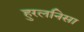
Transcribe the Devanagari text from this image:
हुरलनिसा